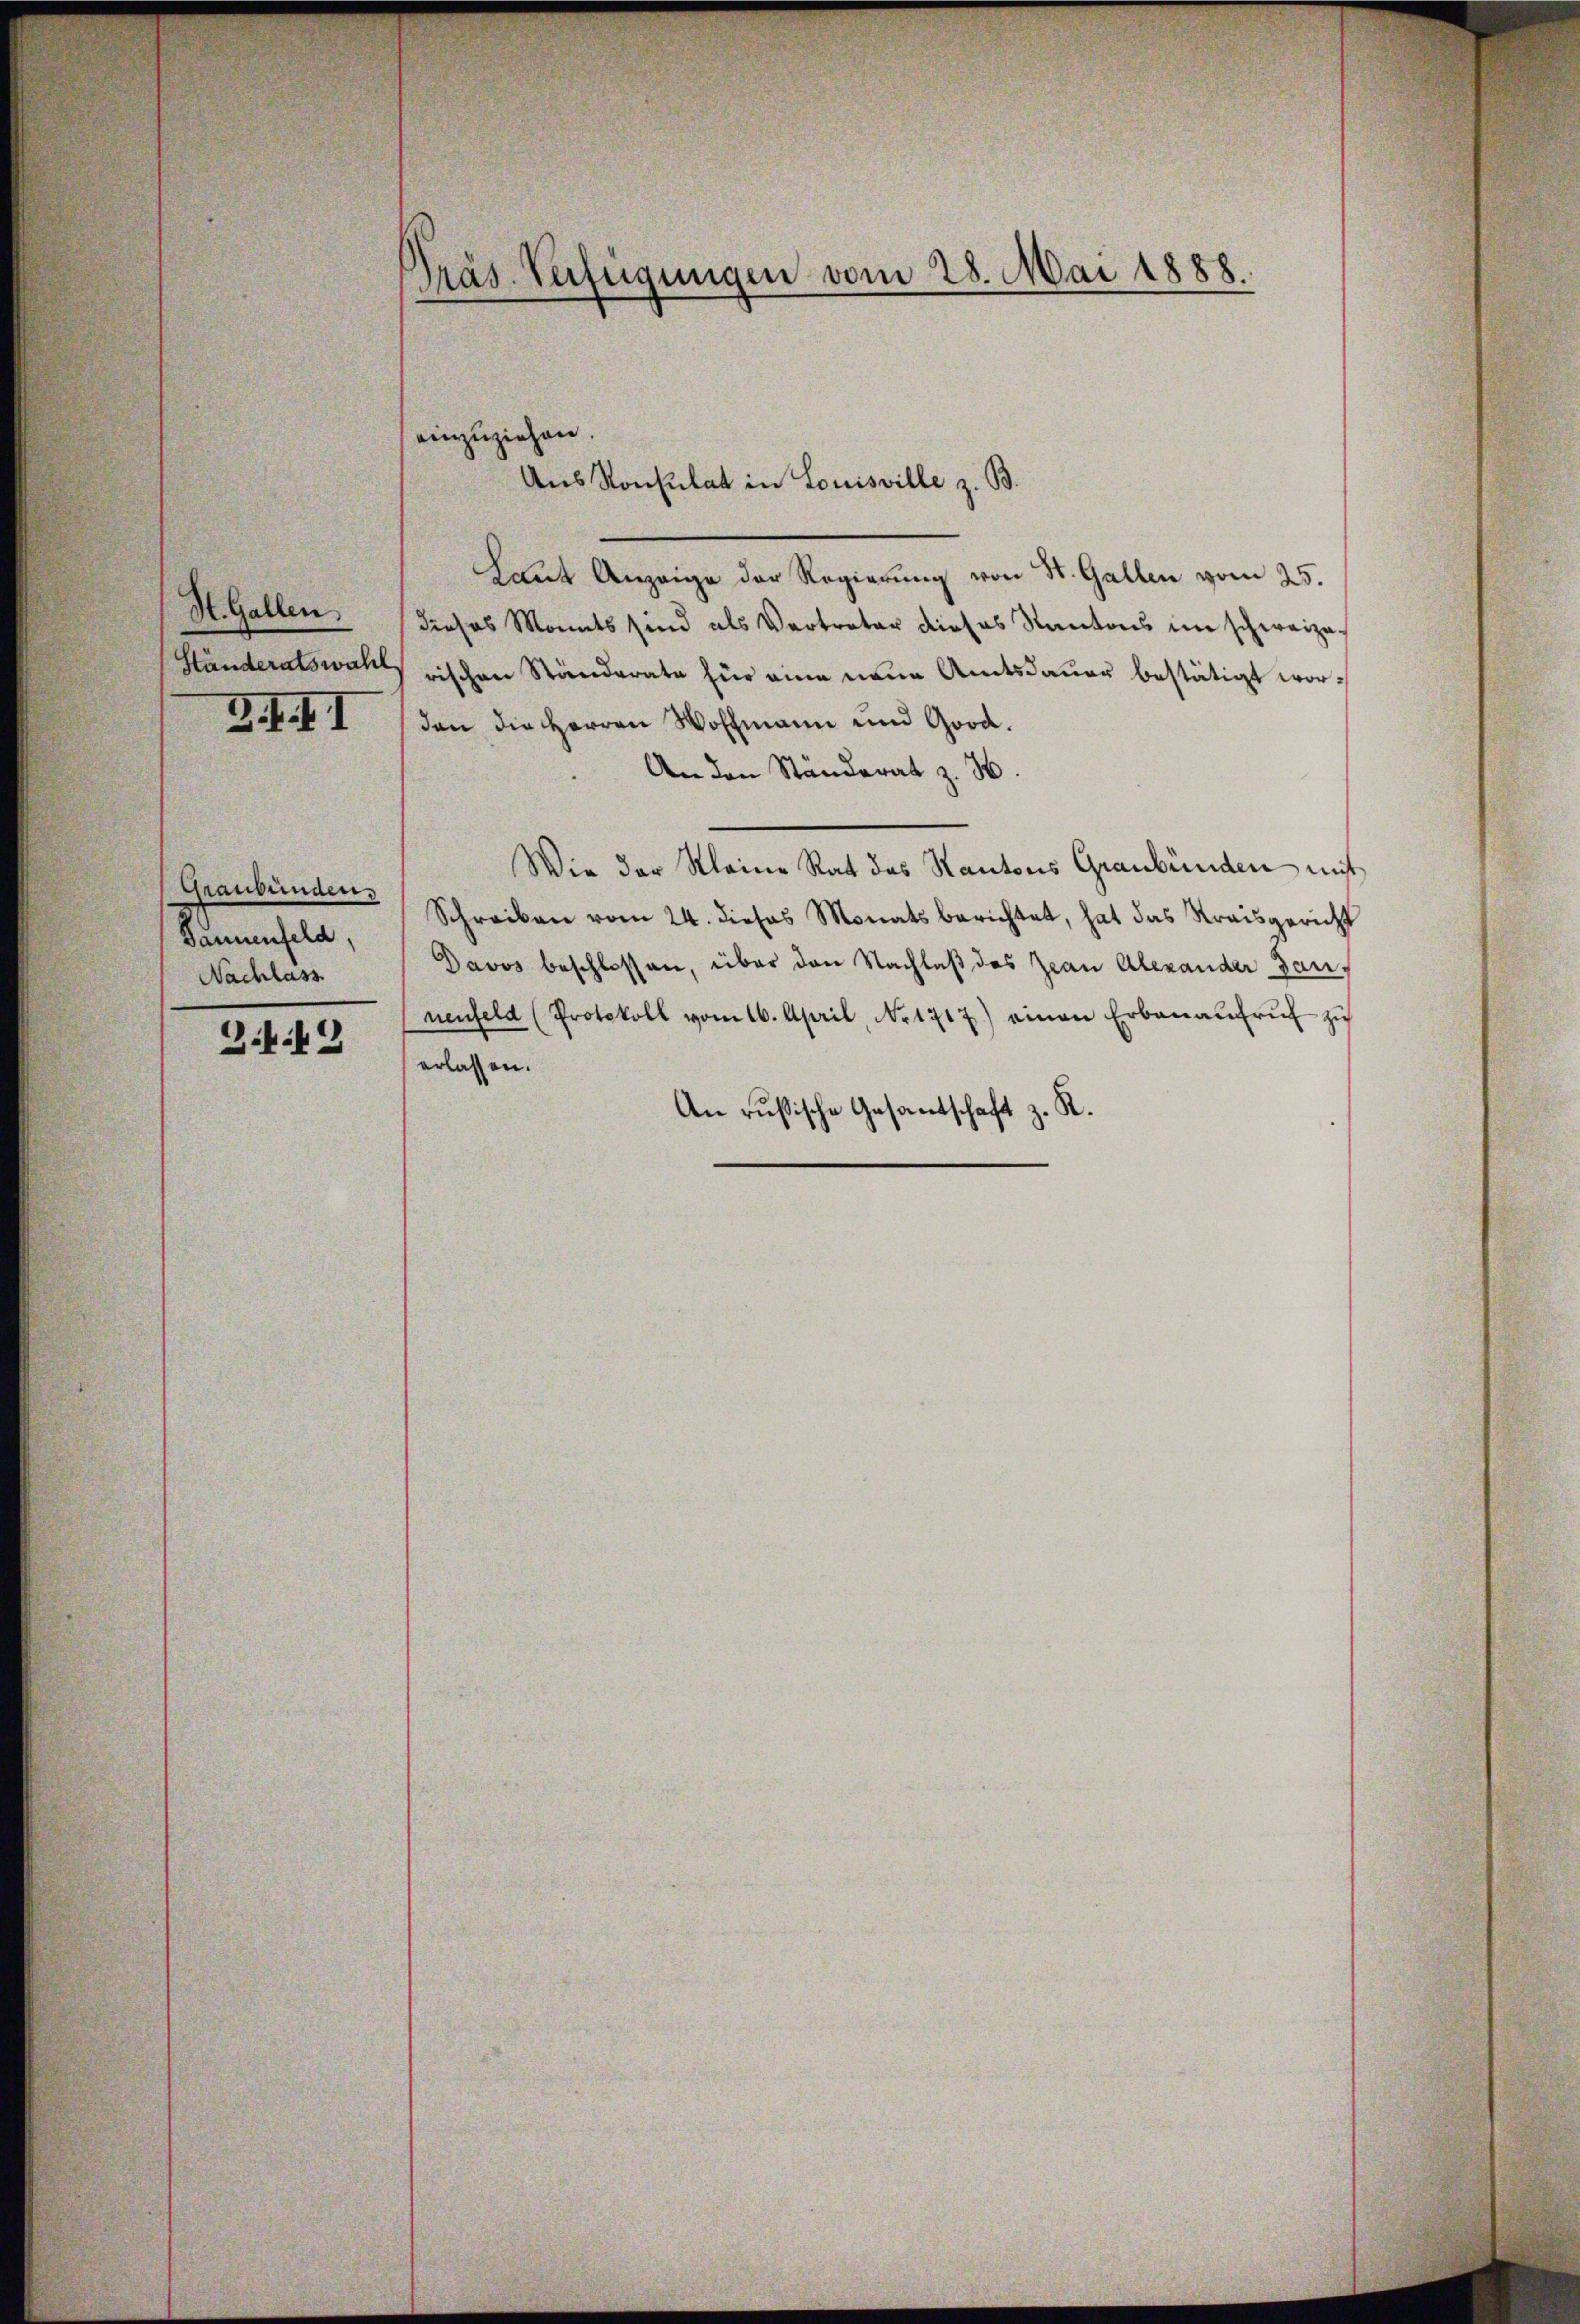
H. Gallen.

Z. f. I. I

Graubünden,
Pannenfeld,
Nachlass

3.442

Präs. Verfügungen vom 28. Mai 1888.

Laut Anzeige der Regierung von St. Gallen vom 25.
dieses Monats sind als Vertreter dieses Kantons im schweize¬
Händeratswahl rischen Ständerate für eine neue Amtsdauer bestätigt worden die HHerren Wohlmann und Good.
An den Ständerat z. H.
Wie der Kleine Rat des Kantons Graubünden mit
Schreiben vom 24. dieses Monats berichtet, hat das Streisgericht
Davos beschlossen, über den Nachlaß das Jean Alexander dan
nenfeld (Protokoll vom 16. April, No 1717) einen Erbanaŭfrŭf zŭ
erlassen.
An rußische Gesandtschaft z. R.

einzuziehen.

Aus Konsulat in Louisville z. B.